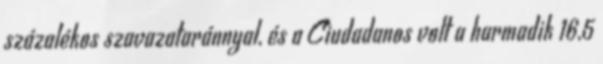
százalékos szavazataránnyal, és a Ciudadanos volt a harmadik 16,5